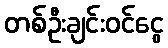
တစ်ဦးချင်းဝင်ငွေ